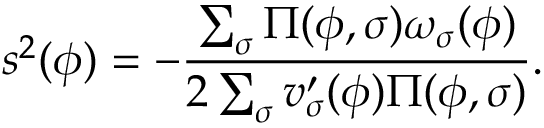
s ^ { 2 } ( \phi ) = - \frac { \sum _ { \sigma } \Pi ( \phi , \sigma ) \omega _ { \sigma } ( \phi ) } { 2 \sum _ { \sigma } v _ { \sigma } ^ { \prime } ( \phi ) \Pi ( \phi , \sigma ) } .